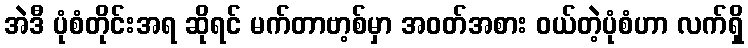
အဲဒီ ပုံစံတိုင်းအရ ဆိုရင် မက်တာဗာ့စ်မှာ အဝတ်အစား ဝယ်တဲ့ပုံစံဟာ လက်ရှိ